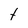
Character: t